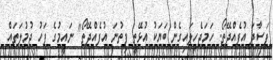
ފަސާދަ އުފެއްދޭތޯ. ހަމަޖެހިލައިގެން ބަޔަކު އުޅޭތީ ފިތުނަ އުފެއްދޭތޯ" ނައީމުގެ ފަހު ޖުމުލަތައް